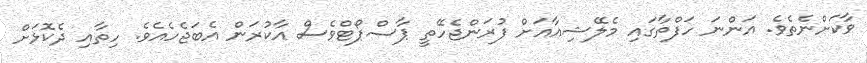
ވާކަށްނެތެވެ. އަންނަ ހަފްތާގައި މެލޭޝިއާއަށް ފުރަންޖެހޭތީ ޕާސްޕޯޓްވެސް އާކުރަން އެބަޖެހެއެވެ. ހިތާއި ދެކޮޅަށް